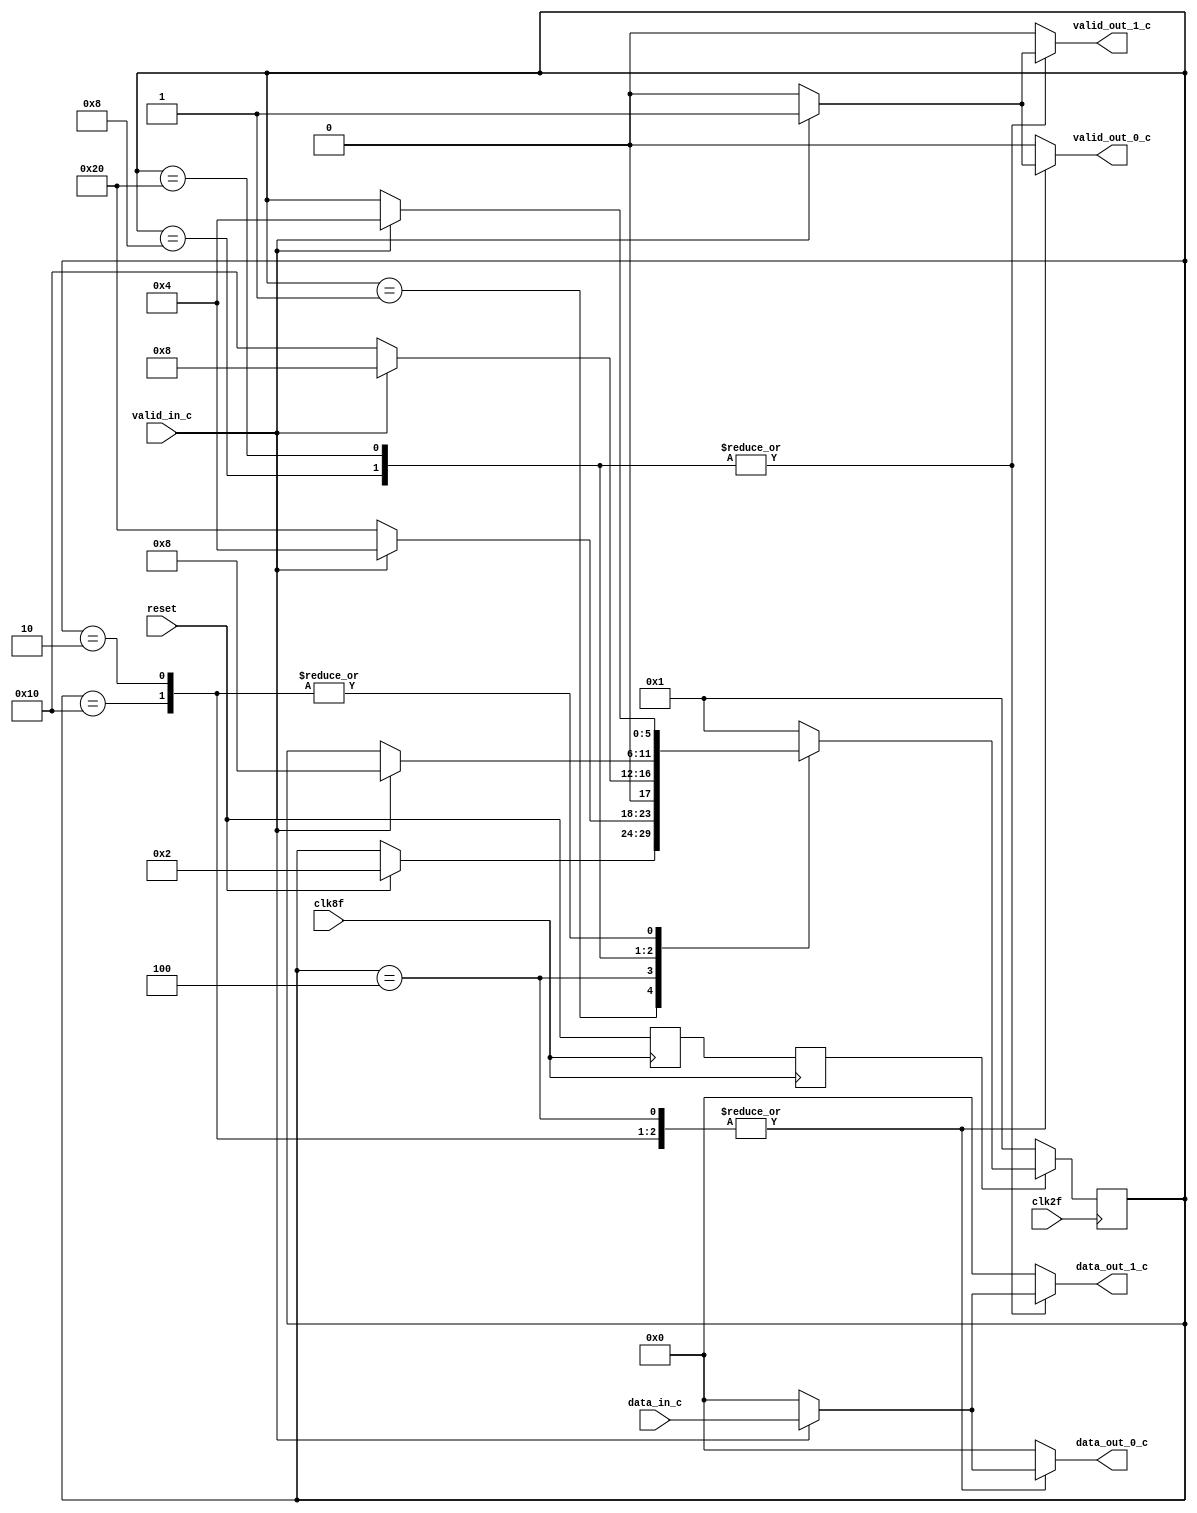
module demux(
    output reg [7:0]        data_out_0_c,   //Salida 0 y valid de salida 0
    output reg              valid_out_0_c,
    output reg [7:0]        data_out_1_c,   //Salida 1 y valid de salida 1
    output reg              valid_out_1_c,
    input   [7:0]           data_in_c,      //Entrada de datos y bit de valid
    input                   valid_in_c,
    input                   reset,          //Seal de reset
    input                   clk2f,
    input                   clk8f);         //Reloj a 2f Hz

    reg [5:0]       st, nxt_st;
    reg             reset2, resetm;

    parameter RESET = 1;        //Reset activo
    parameter INICIAL = 2;      //Esperando datos 
    parameter TRANS_0 = 4;      //Transmitiendo a datos_out_0
    parameter TRANS_1 = 8;      //Transmitiendo a datos_out_1
    parameter W_LST_DATA1 = 16;    //Esperando datos, ltimo transmitido fue a data_out_1
    parameter W_LST_DATA0 = 32;    //Esperando datos, ltimo transmitido fue a data_out_0


    always @(posedge clk8f) begin
        resetm <= reset;
        reset2 <= resetm;            
    end

    always @(posedge clk2f) begin
        if (reset2 == 0) begin
            st <= RESET;
        end
        else begin
            st <= nxt_st;
        end
    end

    always  @(*) begin
        data_out_0_c = 0;
        valid_out_0_c = 0;
        data_out_1_c = 0;
        valid_out_1_c = 0;
        nxt_st = st;
        
        case (st)

            RESET: 
            if (reset == 1) begin
                nxt_st = INICIAL;
            end 

            INICIAL: 
            if (valid_in_c == 1) begin
                data_out_0_c = data_in_c;
                valid_out_0_c = 1;
                nxt_st = TRANS_0;    
            end 

            TRANS_0:
            if (valid_in_c == 0) begin
                nxt_st = W_LST_DATA0;
            end 
            else begin
                data_out_0_c = data_in_c;
                valid_out_0_c = 1;
                nxt_st = TRANS_0;
            end

            TRANS_1:
            if (valid_in_c == 0) begin
                nxt_st = W_LST_DATA1;
            end 
            else begin
                data_out_1_c = data_in_c;
                valid_out_1_c = 1;
                nxt_st = TRANS_1;
            end

            W_LST_DATA0: 
            if (valid_in_c == 1) begin
                data_out_1_c = data_in_c;
                valid_out_1_c = 1;
                nxt_st = TRANS_1;
            end

            W_LST_DATA1: 
            if (valid_in_c == 1) begin
                data_out_0_c = data_in_c;
                valid_out_0_c = 1;
                nxt_st = TRANS_0;
            end

            default: nxt_st = RESET;
        endcase
    end

endmodule